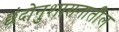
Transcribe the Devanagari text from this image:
छंदोनुशासनातील